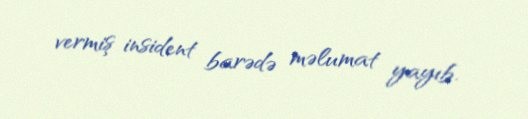
vermiş insident barədə məlumat yayıb.